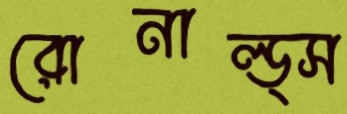
রোনাল্ড্স